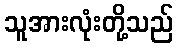
သူအားလုံးတို့သည်